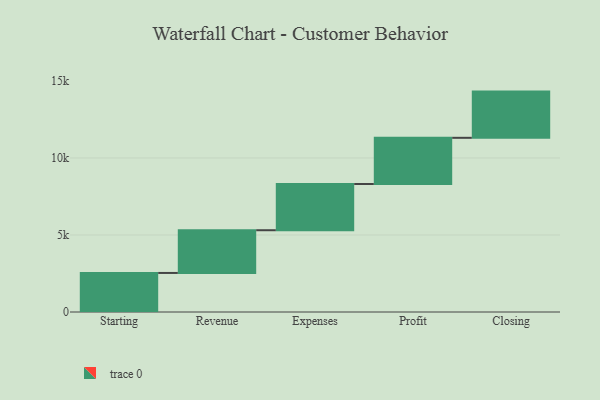
{"axis": {"x": "Step", "y": "Value"}, "legend": [""], "data": [{"x": "Starting", "y": 2535.0, "type": ""}, {"x": "Revenue", "y": 2774.0, "type": ""}, {"x": "Expenses", "y": 3000, "type": ""}, {"x": "Profit", "y": 3000, "type": ""}, {"x": "Closing", "y": 3000, "type": ""}]}